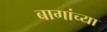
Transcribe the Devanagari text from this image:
बागांच्या